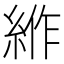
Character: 𰫦